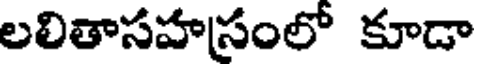
లలితాసహసంలో కూడా